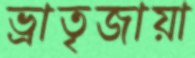
ভ্রাতৃজায়া